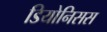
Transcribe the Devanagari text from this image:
डियोनिसस